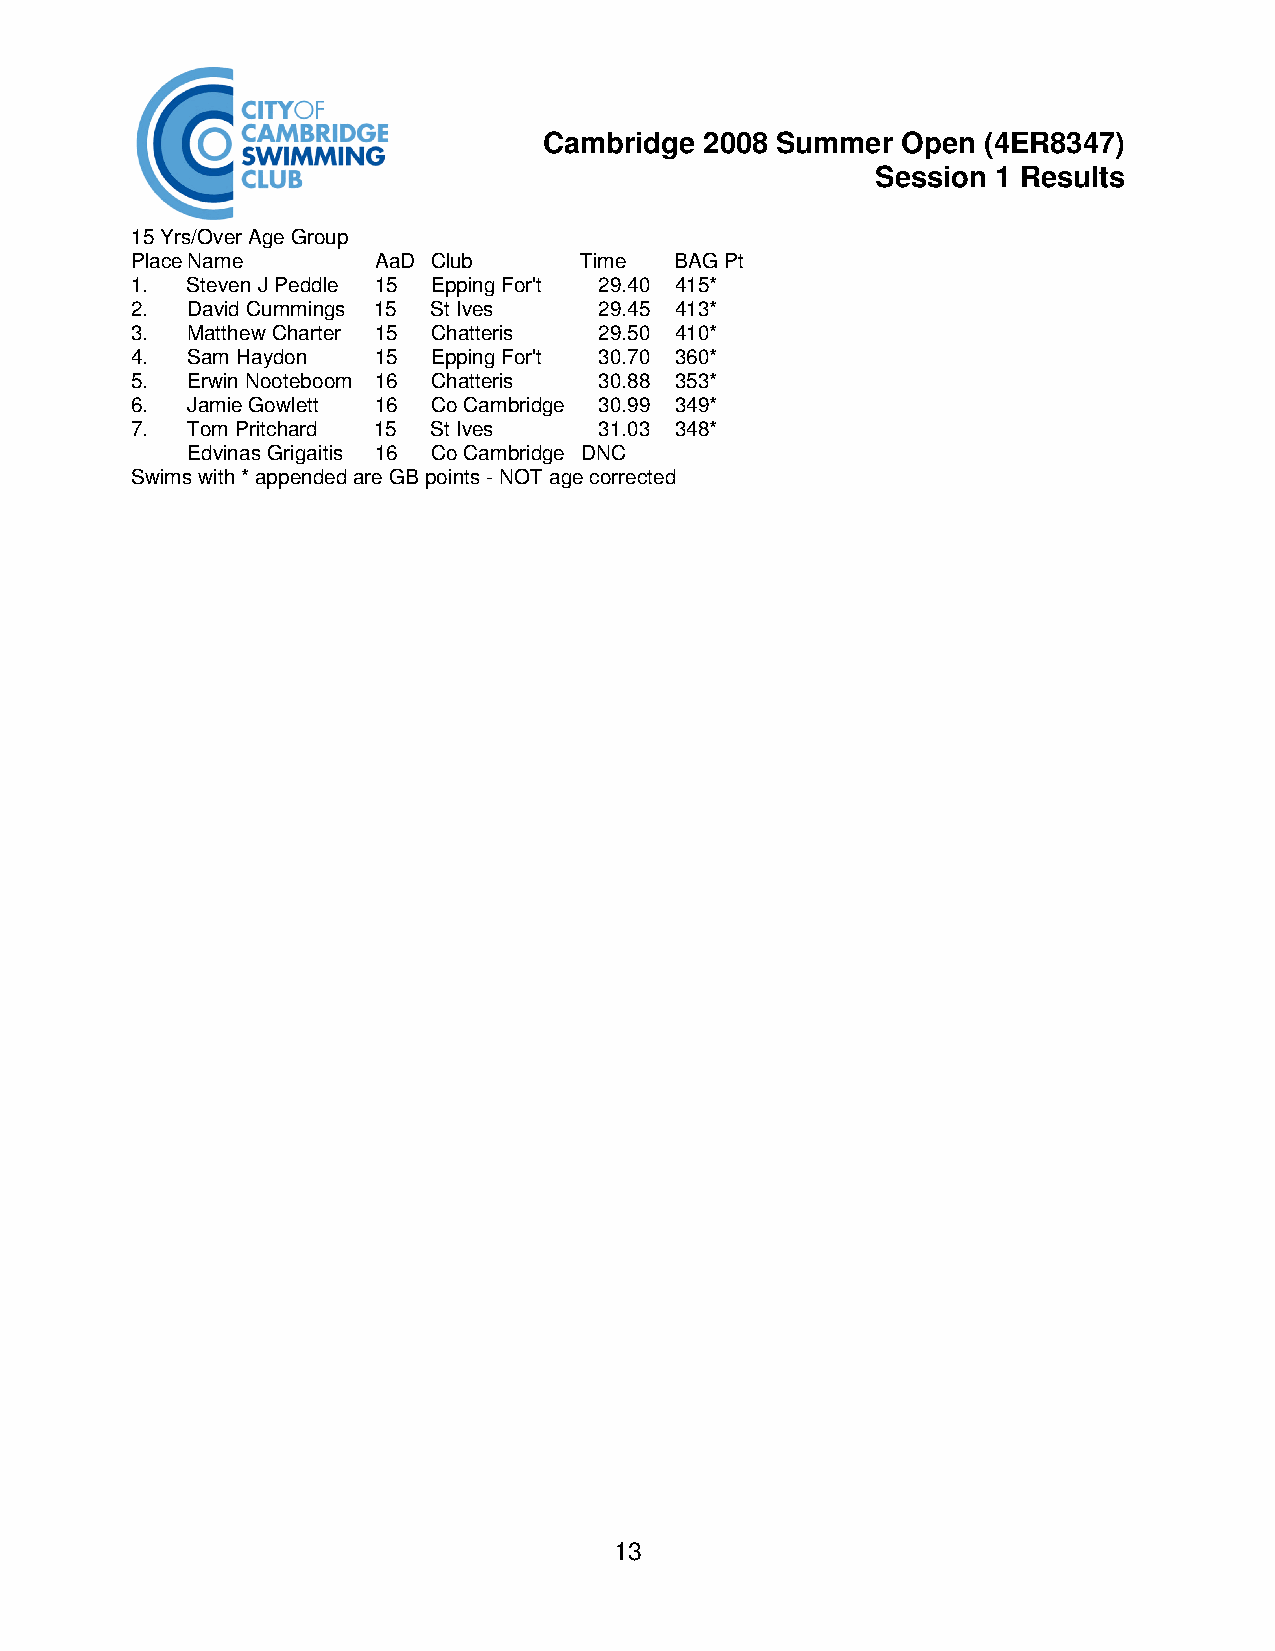
Cambridge  2008 Summer  Open (4ER8347)
 Session 1 Results
 15 Yrs/Over Age Group
 Place Name      AaD Club     Time   BAG Pt
 1. Steven J Peddle 15 Epping For't 29.40 415*
 2. David Cummings 15 St Ives   29.45 413*
 3. Matthew Charter 15 Chatteris 29.50 410*
 4. Sam Haydon   15  Epping For't 30.70 360*
 5. Erwin Nooteboom 16 Chatteris 30.88 353*
 6. Jamie Gowlett 16 Co Cambridge 30.99 349*
 7. Tom Pritchard 15 St Ives    31.03 348*
 Edvinas Grigaitis 16 Co Cambridge DNC
 Swims with * appended are GB points - NOT age corrected
 13